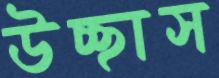
উচ্ছাস